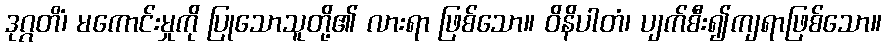
ဒုဂ္ဂတိံ၊ မကောင်းမှုကို ပြုသောသူတို့၏ လားရာ ဖြစ်သော။ ဝိနိပါတံ၊ ပျက်စီး၍ကျရာဖြစ်သော။